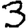
Digit: 3